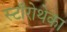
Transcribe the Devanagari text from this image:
स्टॉरोथेका